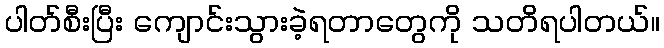
ပါတ်စီးပြီး ကျောင်းသွားခဲ့ရတာတွေကို သတိရပါတယ်။